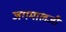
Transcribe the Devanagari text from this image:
जगमालजी